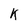
Character: K